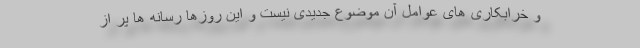
و خرابکاری های عوامل آن موضوع جدیدی نیست و این روزها رسانه ها پر از